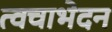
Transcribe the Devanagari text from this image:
त्वचाभेदन